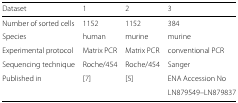
<table><thead><tr><td><b>Dataset</b></td><td><b>1</b></td><td><b>2</b></td><td><b>3</b></td></tr></thead><tbody><tr><td>Number of sorted cells</td><td>1152</td><td>1152</td><td>384</td></tr><tr><td>Species</td><td>human</td><td>murine</td><td>murine</td></tr><tr><td>Experimental protocol</td><td>Matrix PCR</td><td>Matrix PCR</td><td>conventional PCR</td></tr><tr><td>Sequencing technique</td><td>Roche/454</td><td>Roche/454</td><td>Sanger</td></tr><tr><td>Published in</td><td>[7]</td><td>[5]</td><td>ENA Accession No</td></tr><tr><td>[EMPTY_CELL]</td><td>[EMPTY_CELL]</td><td>[EMPTY_CELL]</td><td>LN879549–LN879837</td></tr></tbody></table>